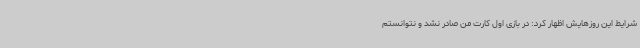
شرایط این روزهایش اظهار کرد: در بازی اول کارت من صادر نشد و نتوانستم